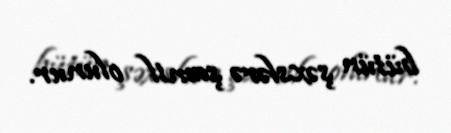
bütün şəxslərə şamil olunur.